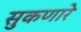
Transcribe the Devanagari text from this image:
सुकणारे